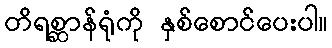
တိရစ္ဆာန်ရုံကို နှစ်စောင်ပေးပါ။